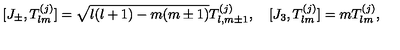
[ J _ { \pm } , T _ { l m } ^ { ( j ) } ] = \sqrt { l ( l + 1 ) - m ( m \pm 1 ) } T _ { l , m \pm 1 } ^ { ( j ) } , \quad [ J _ { 3 } , T _ { l m } ^ { ( j ) } ] = m T _ { l m } ^ { ( j ) } ,